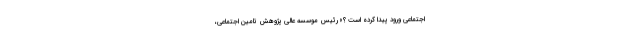
اجتماعی ورود پیدا کرده است ؟» رئیس موسسه عالی پژوهش تامین اجتماعی،